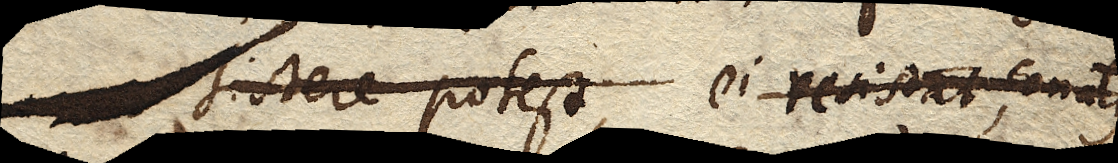
sistere potest, ei resistat, conatus